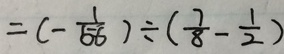
= ( - \frac { 1 } { 5 6 } ) \div ( \frac { 7 } { 8 } - \frac { 1 } { 2 } )